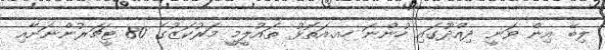
ލިބޭ އިން ވަނީ ދިއްދޫގައި ހުންނަ ހއ.އަތޮޅު ތައުލީމީ މަރުކަޒުގެ 80 ޓީޗަރުންނަށާއި